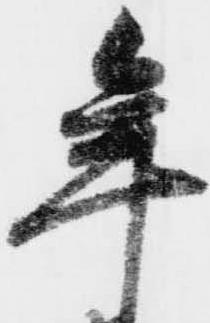
年